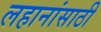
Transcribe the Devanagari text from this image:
लहानांसाठी